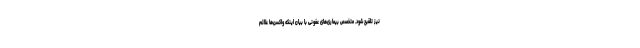
نیز تلقیح شود. متخصص بیماری‌های عفونی با بیان اینکه واکسن‌ها علائم